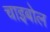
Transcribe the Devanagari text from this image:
चाइबोल